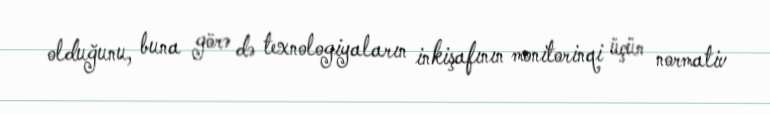
olduğunu, buna görə də texnologiyaların inkişafının monitorinqi üçün normativ